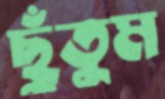
ছুঁতুম